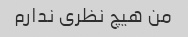
من هیچ نظری ندارم